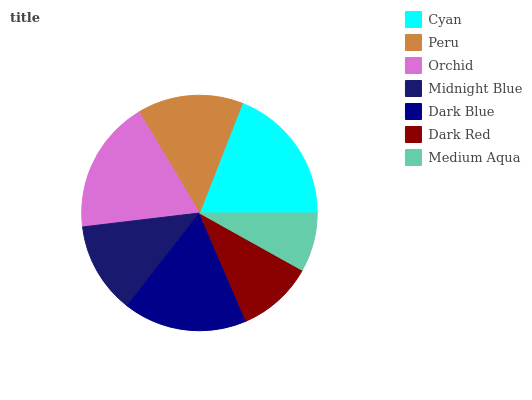
| Cyan | Peru | Orchid | Midnight Blue | Dark Blue | Dark Red | Medium Aqua |
 | --- | --- | --- | --- | --- | --- | --- |
 | 19.1% | 14.5% | 18.3% | 12.6% | 17% | 10.4% | 8.08% |